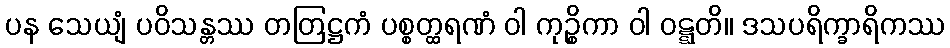
ပန သေယျံ ပဝိသန္တဿ တတြဋ္ဌကံ ပစ္စတ္ထရဏံ ဝါ ကုဉ္စိကာ ဝါ ဝဋ္ဋတိ။ ဒသပရိက္ခာရိကဿ